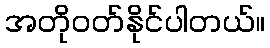
အတိုဝတ်နိုင်ပါတယ်။